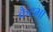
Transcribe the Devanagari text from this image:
कैटभा